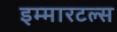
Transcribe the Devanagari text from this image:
इम्मारटल्स